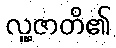
လူ့ဇာတိ၏